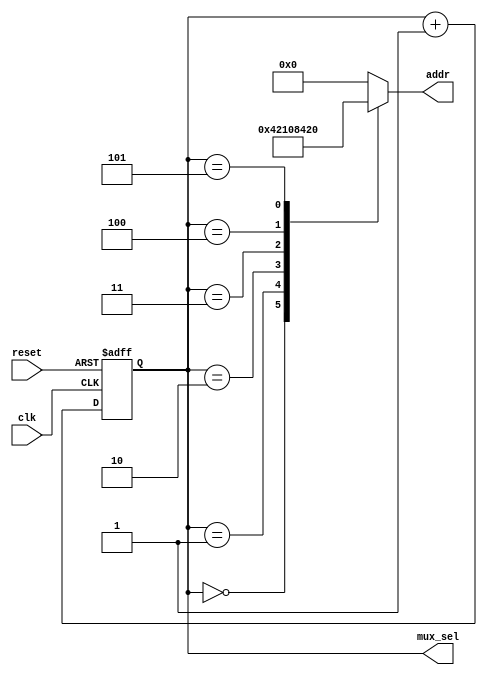
`timescale 1ns / 1ps
//////////////////////////////////////////////////////////////////////////////////
// Company: 
// Engineer: 
// 
// Design Name: 
// Module Name:    seven_seg_mux_timing_gen 
// Project Name: 
// Target Devices: 
// Tool versions: 
// Description: 
//
// Dependencies: 
//
// Revision: 
// Revision 0.01 - File Created
// Additional Comments: 
//
//////////////////////////////////////////////////////////////////////////////////
module seven_seg_mux_timing_gen(
  input clk, reset,
  output wire [2:0] mux_sel,
  output reg [5:0] addr
);

reg [2:0] qout;
always @ (posedge clk or posedge reset)
  if (reset) qout <= 0;
  else qout <= qout + 1;

assign mux_sel = qout;

always @(qout)
  case (qout)
    3'b000: addr = 6'b000001;
    3'b001: addr = 6'b000010;
    3'b010: addr = 6'b000100;
    3'b011: addr = 6'b001000;
    3'b100: addr = 6'b010000;
    3'b101: addr = 6'b100000;
    default: addr = 6'b000000;
  endcase
endmodule